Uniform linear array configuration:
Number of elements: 32
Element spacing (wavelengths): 0.25
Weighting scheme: hamming
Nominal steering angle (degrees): -30
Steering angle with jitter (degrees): -28.664
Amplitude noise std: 0.05
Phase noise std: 0.05

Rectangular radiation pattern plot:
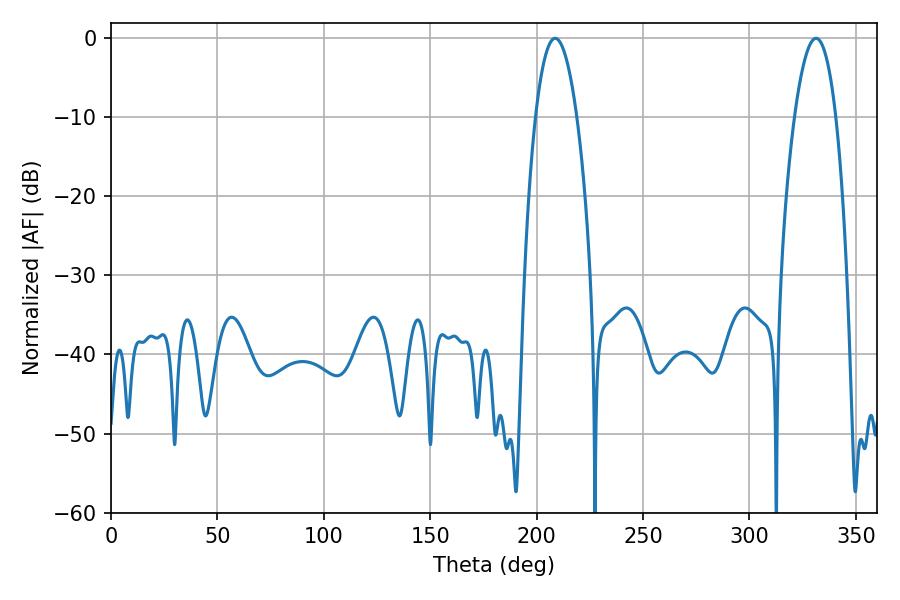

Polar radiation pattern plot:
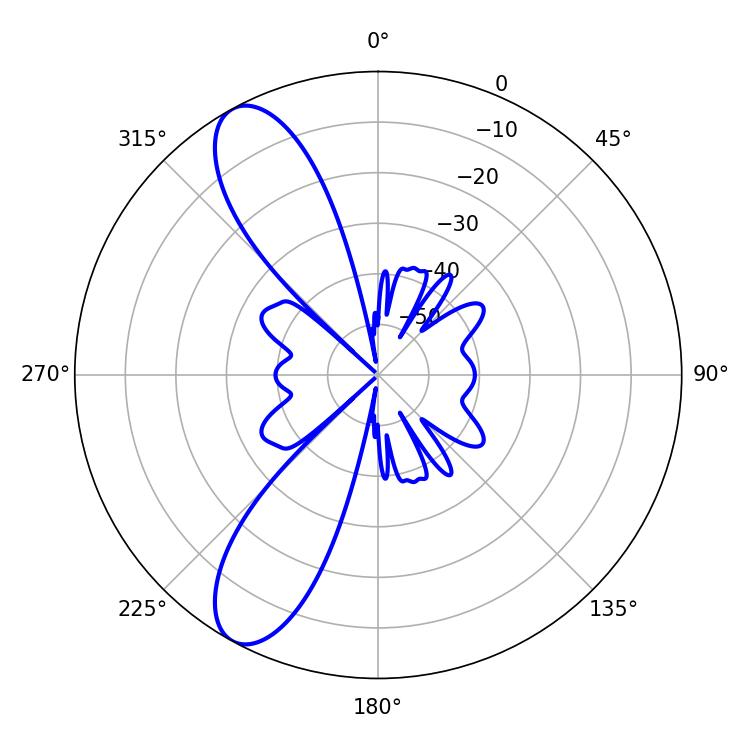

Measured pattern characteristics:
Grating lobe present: FALSE
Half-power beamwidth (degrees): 10.8
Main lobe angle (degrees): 208.62